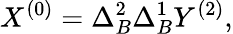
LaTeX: X^{(0)}=\Delta_{B}^{2}\Delta_{B}^{1}Y^{(2)},